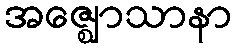
အဇ္ဈောသာနာ